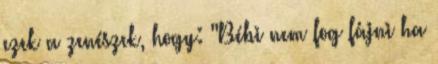
ezek a zenészek, hogy: "Bébi nem fog fájni ha